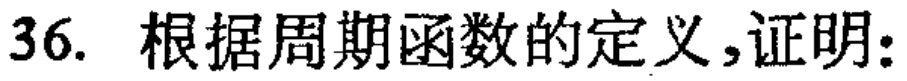
36. 根据周期函数的定义,证明: